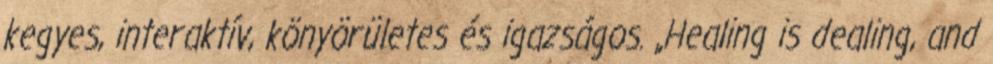
kegyes, interaktív, könyörületes és igazságos. „Healing is dealing, and